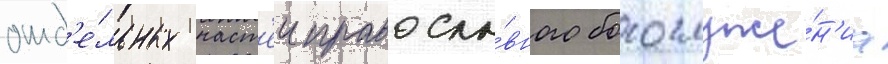
отд'е́льных част'еи правосла́вного богослуже́н'иа